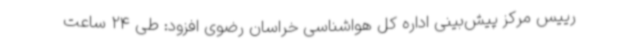
رییس مرکز پیش‌بینی اداره کل هواشناسی خراسان رضوی افزود: طی 24 ساعت